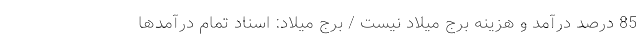
85 درصد درآمد و هزینه برج میلاد نیست / برج میلاد: اسناد تمام درآمدها